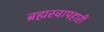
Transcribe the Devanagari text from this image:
ब्रह्मस्वापहारी